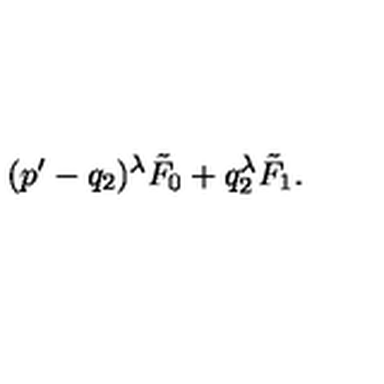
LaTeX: ( p ^ { \prime } - q _ { 2 } ) ^ { \lambda } \tilde { F } _ { 0 } + q _ { 2 } ^ { \lambda } \tilde { F } _ { 1 } .